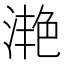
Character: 滟